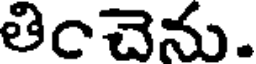
తించెను.